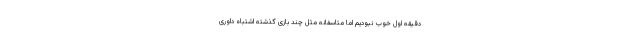
دقیقه اول خوب نبودیم اما متاسفانه مثل چند بازی گذشته اشتباه داوری